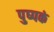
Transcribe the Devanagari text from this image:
पुष्‍पकं